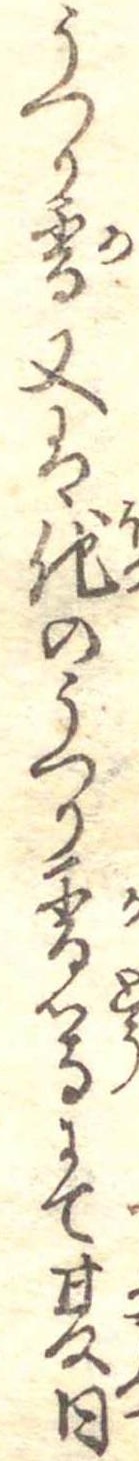
うつり香又は他のうつり香等にて夏日